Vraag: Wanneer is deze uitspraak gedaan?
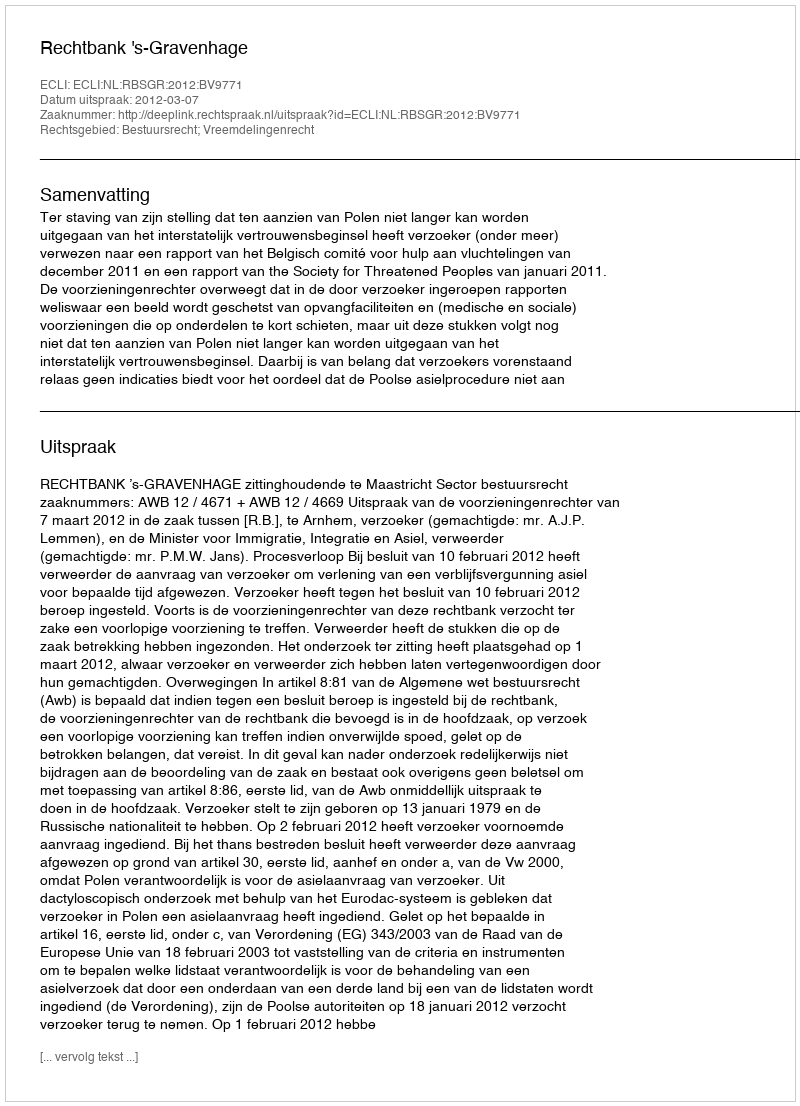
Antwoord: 2012-03-07